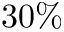
3 0 \%